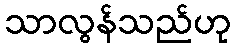
သာလွန်သည်ဟု